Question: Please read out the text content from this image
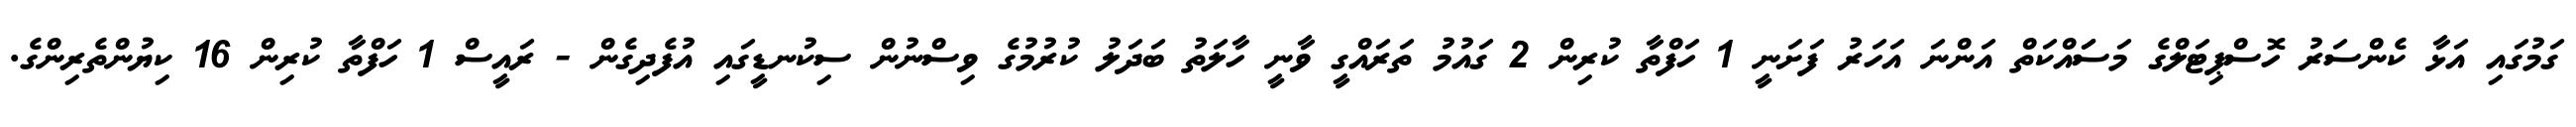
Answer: ގަމުގައި އަޅާ ކެންސަރު ހޮސްޕިޓަލްގެ މަސަައްކަތް އަންނަ އަހަރު ފަށަނީ 1 ހަފްތާ ކުރިން 2 ގައުމު ތަރައްގީ ވާނީ ހާލަތު ބަދަލު ކުރުމުގެ ވިސްނުން ސިކުނޑީގައި އުފެދިގެން - ރައީސް 1 ހަފްތާ ކުރިން 16 ކިޔުންތެރިންގެ.